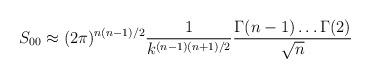
LaTeX: \begin{align*}S_{00}\approx(2\pi)^{n(n-1)/2}\frac{1}{k^{(n-1)(n+1)/2}}\frac{\Gamma(n-1)\ldots\Gamma(2)}{\sqrt{n}}\end{align*}